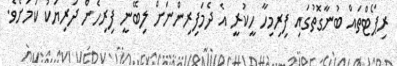
ރިޕޯޓްތައް ބުނާގޮތުގައި ފިރިމިހާ ހީކުރީ އެ ދެމަފިރިންނަށް ލިބޭނީ ފިރިހެން ދަރިޔަކު ކަމަށެވެ.